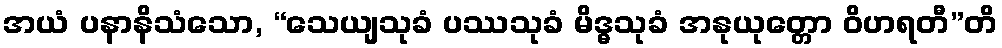
အယံ ပနာနိသံသော, “သေယျသုခံ ပဿသုခံ မိဒ္ဓသုခံ အနုယုတ္တော ဝိဟရတီ”တိ